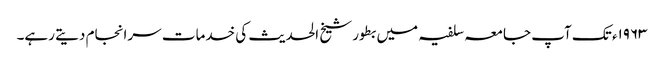
۱۹۶۳ء تک آپ جامعہ سلفیہ میں بطور شیخ الحدیث کی خدمات سرانجام دیتے رہے۔